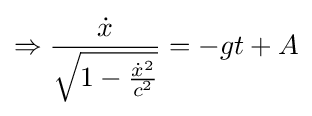
\Rightarrow {\frac {\dot {x}}{\sqrt {1-{\frac {{\dot {x}}^{2}}{c^{2}}}}}}=-gt+A